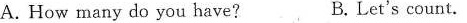
A. How many do you have? B.Let's count.